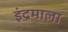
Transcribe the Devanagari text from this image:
इंद्रमाला